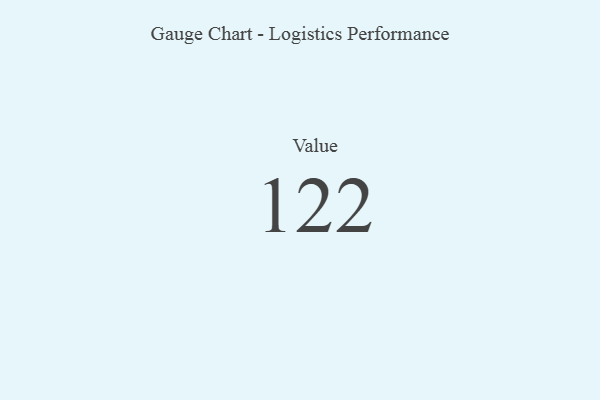
{"axis": {"x": "Metric", "y": "Value"}, "legend": [""], "data": [{"x": "Value", "y": 122, "type": ""}]}